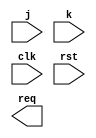
module jk(input j,k,input clk,rst, output req );
 always @(posedge clk)
 begin
   if(rst) q<=0;
   else
     case({j,k})
	  2'b00 : q<=q;
	  2'b01 : q<=1'b0; //reset
	  2'b10 : q<=1'b1;
	  2'b11 : q<=~q;
	 endcase

	  
     
 
 end

endmodule